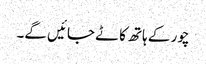
چور کے ہاتھ کاٹے جائیں گے۔